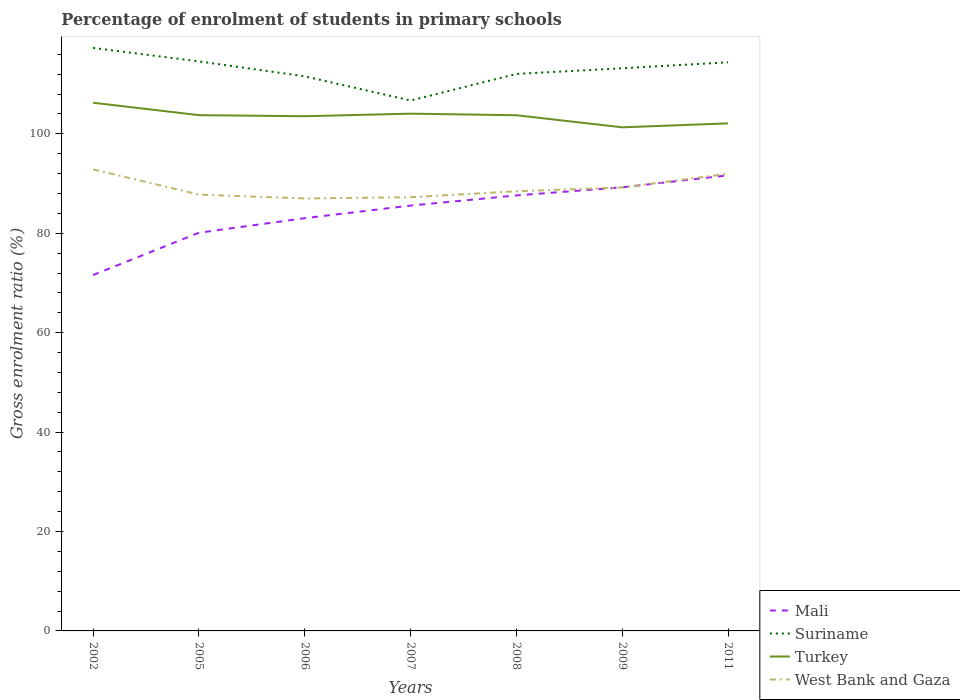
| Years | Mali | Suriname | Turkey | West Bank and Gaza |
 | --- | --- | --- | --- | --- |
 | 2002 | 71.6 | 117 | 106 | 92.9 |
 | 2005 | 80.1 | 115 | 104 | 87.8 |
 | 2006 | 83 | 112 | 104 | 87 |
 | 2007 | 85.6 | 107 | 104 | 87.3 |
 | 2008 | 87.6 | 112 | 104 | 88.5 |
 | 2009 | 89.3 | 113 | 101 | 89.2 |
 | 2011 | 91.7 | 114 | 102 | 92 |